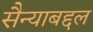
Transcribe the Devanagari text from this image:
सैन्याबद्दल